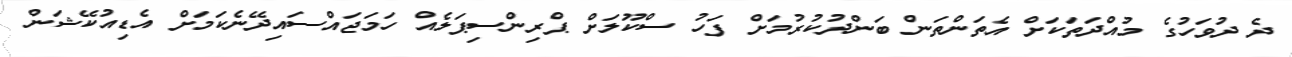
ދެ ދުވަހުގެ މުއްދަތަކަށް އެތަންތަން ބަންދުކުރުމަށް ފަހު ސްކޫލަށް ޕްރިންސިޕަލެއް ހަމަޖައްސައިދޭނެކަމަށް އެޑިއުކޭޝަން